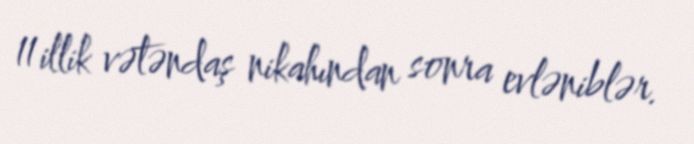
11 illik vətəndaş nikahından sonra evləniblər.